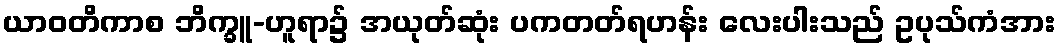
ယာဝတိကာစ ဘိက္ခူ-ဟူရာ၌ အယုတ်ဆုံး ပကတတ်ရဟန်း လေးပါးသည် ဥပုသ်ကံအား